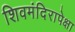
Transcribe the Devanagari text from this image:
शिवमंदिरापेक्षा